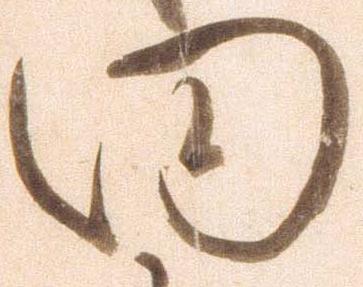
向